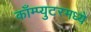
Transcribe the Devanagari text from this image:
काँम्प्युटरमध्ये